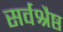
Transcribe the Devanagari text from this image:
सर्वश्रैष्ठ